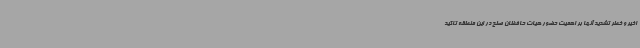
اخیر و خطر تشدید آنها بر اهمیت حضور هیات حافظان صلح در این منطقه تاکید